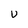
Character: U